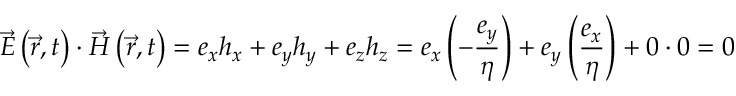
{ \vec { E } } \left( { \vec { r } } , t \right) \cdot { \vec { H } } \left( { \vec { r } } , t \right) = e _ { x } h _ { x } + e _ { y } h _ { y } + e _ { z } h _ { z } = e _ { x } \left( - { \frac { e _ { y } } { \eta } } \right) + e _ { y } \left( { \frac { e _ { x } } { \eta } } \right) + 0 \cdot 0 = 0